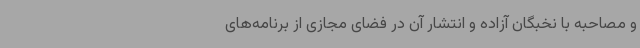
و مصاحبه با نخبگان آزاده و انتشار آن در فضای مجازی از برنامه‌های